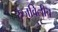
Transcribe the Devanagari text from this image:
रुजविलीच